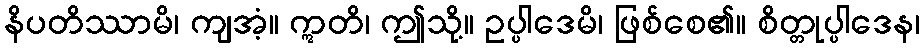
နိပတိဿာမိ၊ ကျအံ့။ ဣတိ၊ ဤသို့။ ဥပ္ပါဒေမိ၊ ဖြစ်စေ၏။ စိတ္တုပ္ပါဒေန၊